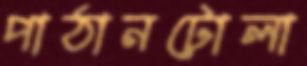
পাঠানটোলা